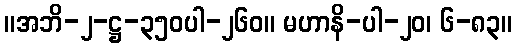
။အဘိ-၂-ဋ္ဌ-၃၅၀ပါ-၂၆၀။ မဟာနိ-ပါ-၂၀၊ ၆-၈၃။